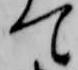
て